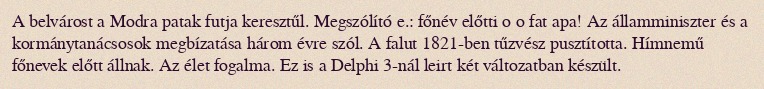
A belvárost a Modra patak futja keresztűl. Megszólító e.: főnév előtti o o fat apa! Az államminiszter és a kormánytanácsosok megbízatása három évre szól. A falut 1821-ben tűzvész pusztította. Hímnemű főnevek előtt állnak. Az élet fogalma. Ez is a Delphi 3-nál leirt két változatban készült.